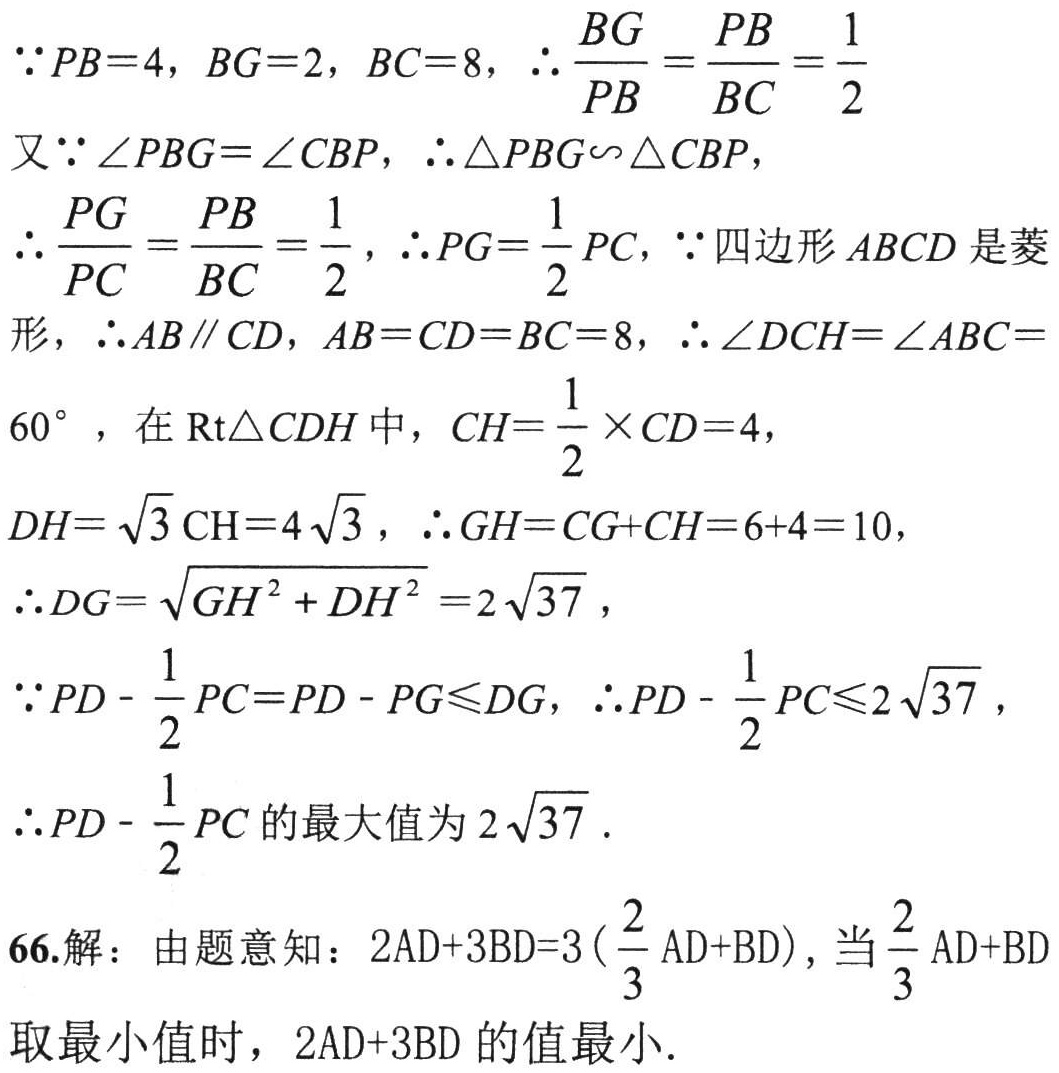
\(\because PB = 4, BG = 2, BC = 8, \therefore \frac{BG}{PB}=\frac{PB}{BC}=\frac{1}{2}\)
又\(\because \angle PBG=\angle CBP, \therefore \triangle PBG\sim\triangle CBP\)，
\(\therefore \frac{PG}{PC}=\frac{PB}{BC}=\frac{1}{2}, \therefore PG = \frac{1}{2}PC, \because\)四边形\(ABCD\)是菱形，\(\therefore AB\parallel CD, AB = CD = BC = 8, \therefore \angle DCH=\angle ABC = 60^{\circ}\)，在\(Rt\triangle CDH\)中，\(CH=\frac{1}{2}\times CD = 4\)，
\(DH = \sqrt{3}CH = 4\sqrt{3}, \therefore GH = CG + CH = 6 + 4 = 10\)，
\(\therefore DG=\sqrt{GH^{2}+DH^{2}} = 2\sqrt{37}\)，
\(\because PD-\frac{1}{2}PC = PD - PG\leq DG, \therefore PD-\frac{1}{2}PC\leq 2\sqrt{37}\)，
\(\therefore PD-\frac{1}{2}PC\)的最大值为\(2\sqrt{37}\).
66.解：由题意知：\(2AD + 3BD = 3(\frac{2}{3}AD + BD)\)，当\(\frac{2}{3}AD + BD\)取最小值时，\(2AD + 3BD\)的值最小.